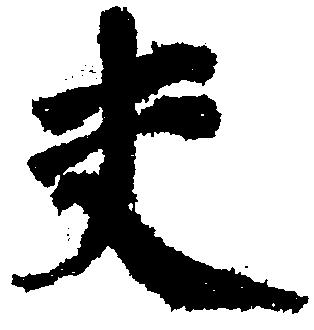
夫